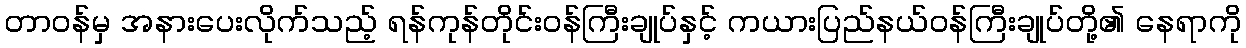
တာဝန်မှ အနားပေးလိုက်သည့် ရန်ကုန်တိုင်းဝန်ကြီးချုပ်နှင့် ကယားပြည်နယ်ဝန်ကြီးချုပ်တို့၏ နေရာကို